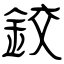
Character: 鉸